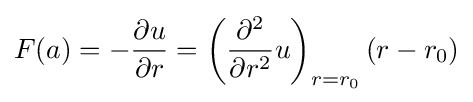
F(a)=-{\partial u \over \partial r}=\left({\partial ^{2} \over \partial r^{2}}u\right)_{r=r_{0}}(r-r_{0})